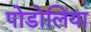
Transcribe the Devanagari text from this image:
पोडोलिया